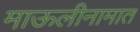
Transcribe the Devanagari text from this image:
माऊलीनामात